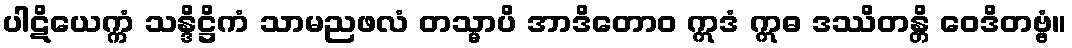
ပါဋိယေက္ကံ သန္ဒိဋ္ဌိကံ သာမညဖလံ တသ္မာပိ အာဒိတောဝ ဣဒံ ဣဓ ဒဿိတန္တိ ဝေဒိတဗ္ဗံ။